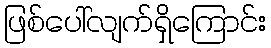
ဖြစ်ပေါ်လျက်ရှိကြောင်း